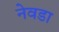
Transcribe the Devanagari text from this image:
नेवडा